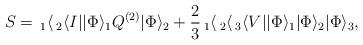
LaTeX: \begin{align*}S=\, _1\langle \,_2\langle I||\Phi \rangle _1 Q^{(2)} |\Phi\rangle_2 +\frac{2}{3}\,_1\langle \,_2\langle \,_3\langle V||\Phi \rangle_1 |\Phi\rangle_2 |\Phi \rangle_3,\end{align*}